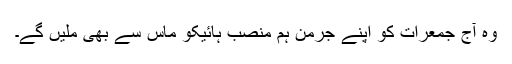
وہ آج جمعرات کو اپنے جرمن ہم منصب ہائیکو ماس سے بھی ملیں گے۔